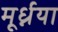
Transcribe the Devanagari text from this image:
मूर्ध्नया